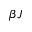
\beta J